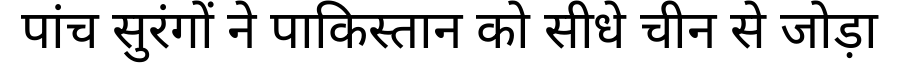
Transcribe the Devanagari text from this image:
पांच सुरंगों ने पाकिस्तान को सीधे चीन से जोड़ा